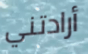
أرادتني